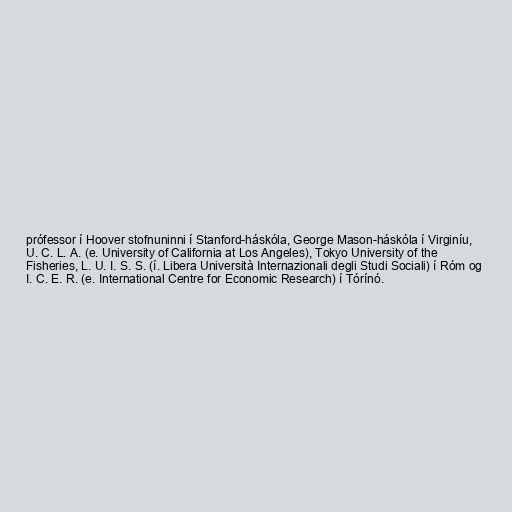
prófessor í Hoover stofnuninni í Stanford-háskóla, George Mason-háskóla í Virginíu,
U. C. L. A. (e. University of California at Los Angeles), Tokyo University of the
Fisheries, L. U. I. S. S. (í. Libera Università Internazionali degli Studi Sociali) í Róm og
I. C. E. R. (e. International Centre for Economic Research) í Tórínó.